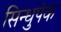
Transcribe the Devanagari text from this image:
सिन्धुपंक